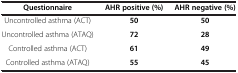
<table><thead><tr><td><b>Questionnaire</b></td><td><b>AHR positive (%)</b></td><td><b>AHR negative (%)</b></td></tr></thead><tbody><tr><td>Uncontrolled asthma (ACT)</td><td><b>50</b></td><td><b>50</b></td></tr><tr><td>Uncontrolled asthma (ATAQ)</td><td><b>72</b></td><td><b>28</b></td></tr><tr><td>Controlled asthma (ACT)</td><td><b>61</b></td><td><b>49</b></td></tr><tr><td>Controlled asthma (ATAQ)</td><td><b>55</b></td><td><b>45</b></td></tr></tbody></table>